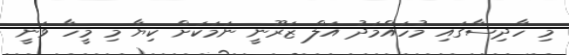
މި ހާދިސާގައި މުހައްމަދު އަލް ޒަރޫނީ ނަމަކަށް ކިޔާ މި މީހާ ވަނީ